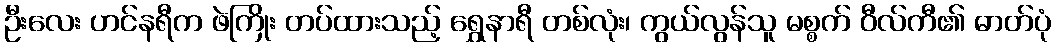
ဦးလေး ဟင်နရီက ဖဲကြိုး တပ်ထားသည့် ရွှေနာရီ တစ်လုံး၊ ကွယ်လွန်သူ မစ္စက် ဝီလ်ကီ၏ ဓာတ်ပုံ